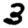
Digit: 3